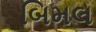
બિમલ